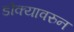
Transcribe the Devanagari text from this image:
डोक्यावरुन